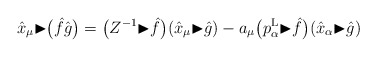
\begin{gather*}\hat{x}_\mu {\blacktriangleright}\big(\hat{f}\hat{g}\big)=\big(Z^{-1} {\blacktriangleright}\hat{f}\big)(\hat{x}_\mu {\blacktriangleright}\hat{g})-a_\mu\big(p_\alpha^{\rm L} {\blacktriangleright}\hat{f}\big)(\hat{x}_\alpha {\blacktriangleright}\hat{g})\end{gather*}